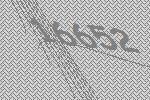
16652